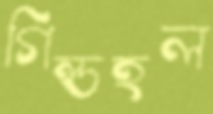
গিল্ডহল